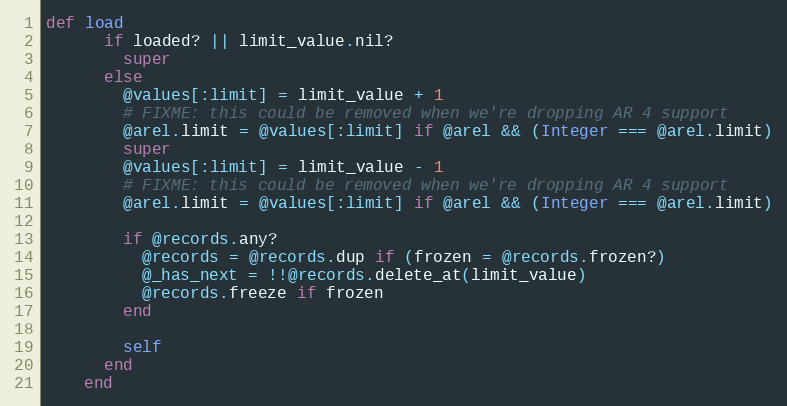
Language: Ruby
def load
      if loaded? || limit_value.nil?
        super
      else
        @values[:limit] = limit_value + 1
        # FIXME: this could be removed when we're dropping AR 4 support
        @arel.limit = @values[:limit] if @arel && (Integer === @arel.limit)
        super
        @values[:limit] = limit_value - 1
        # FIXME: this could be removed when we're dropping AR 4 support
        @arel.limit = @values[:limit] if @arel && (Integer === @arel.limit)

        if @records.any?
          @records = @records.dup if (frozen = @records.frozen?)
          @_has_next = !!@records.delete_at(limit_value)
          @records.freeze if frozen
        end

        self
      end
    end